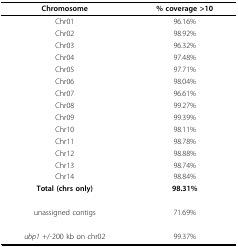
| Chromosome | % coverage >10 |
 | --- | --- |
 | Chr01 | 96.16% |
 | Chr02 | 98.92% |
 | Chr03 | 96.32% |
 | Chr04 | 97.48% |
 | Chr05 | 97.71% |
 | Chr06 | 98.04% |
 | Chr07 | 96.61% |
 | Chr08 | 99.27% |
 | Chr09 | 99.39% |
 | Chr10 | 98.11% |
 | Chr11 | 98.78% |
 | Chr12 | 98.88% |
 | Chr13 | 98.74% |
 | Chr14 | 98.84% |
 | Total (chrs only) | 98.31% |
 | unassigned contigs | 71.69% |
 | ubp1 +/-200 kb on chr02 | 99.37% |